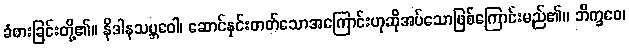
ခံစားခြင်းတို့၏။ နိဒါနသမ္ဘဝေါ၊ ဆောင်နှင်းတတ်သောအကြောင်းဟုဆိုအပ်သောဖြစ်ကြောင်းမည်၏။ ဘိက္ခဝေ၊